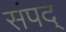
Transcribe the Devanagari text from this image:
संपद्